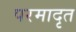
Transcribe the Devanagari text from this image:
परमादृत